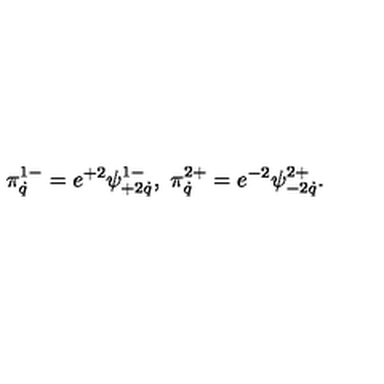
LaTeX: \pi _ { \dot { q } } ^ { 1 - } = e ^ { + 2 } \psi _ { + 2 \dot { q } } ^ { 1 - } , \ \pi _ { \dot { q } } ^ { 2 + } = e ^ { - 2 } \psi _ { - 2 \dot { q } } ^ { 2 + } .